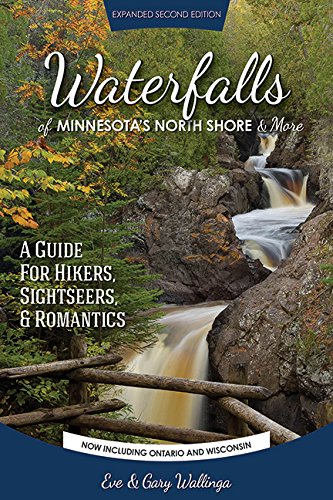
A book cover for Waterfalls of Minnesota's North Shore and More, Expanded Second Edition: A Guide for Hikers, Sightseers and Romantics; Eve Wallinga; Travel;